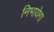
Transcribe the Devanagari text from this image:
निभायेगा